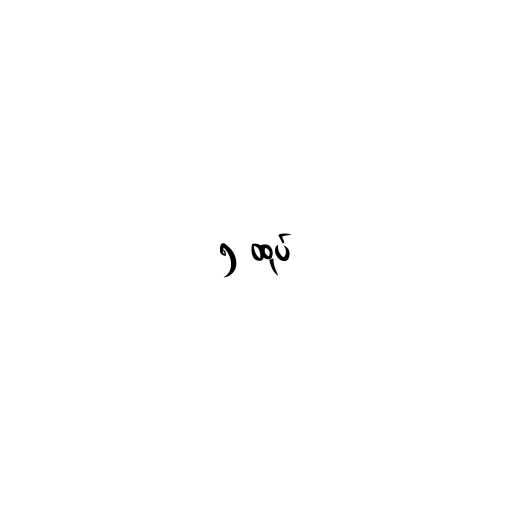
၅ ထုပ်